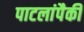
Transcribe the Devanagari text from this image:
पाटलांपैकी